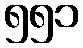
၅၅၁